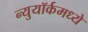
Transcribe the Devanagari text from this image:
न्युयॉर्कमध्ये